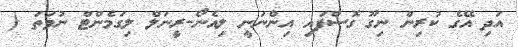
އަދި އޭގެ ކުރިން ނިގޫ ގޮސްފައި އިންނަނީ ލިއެނޯ-ރީނަލް ލިގަމެންޓް ނުވަތަ (